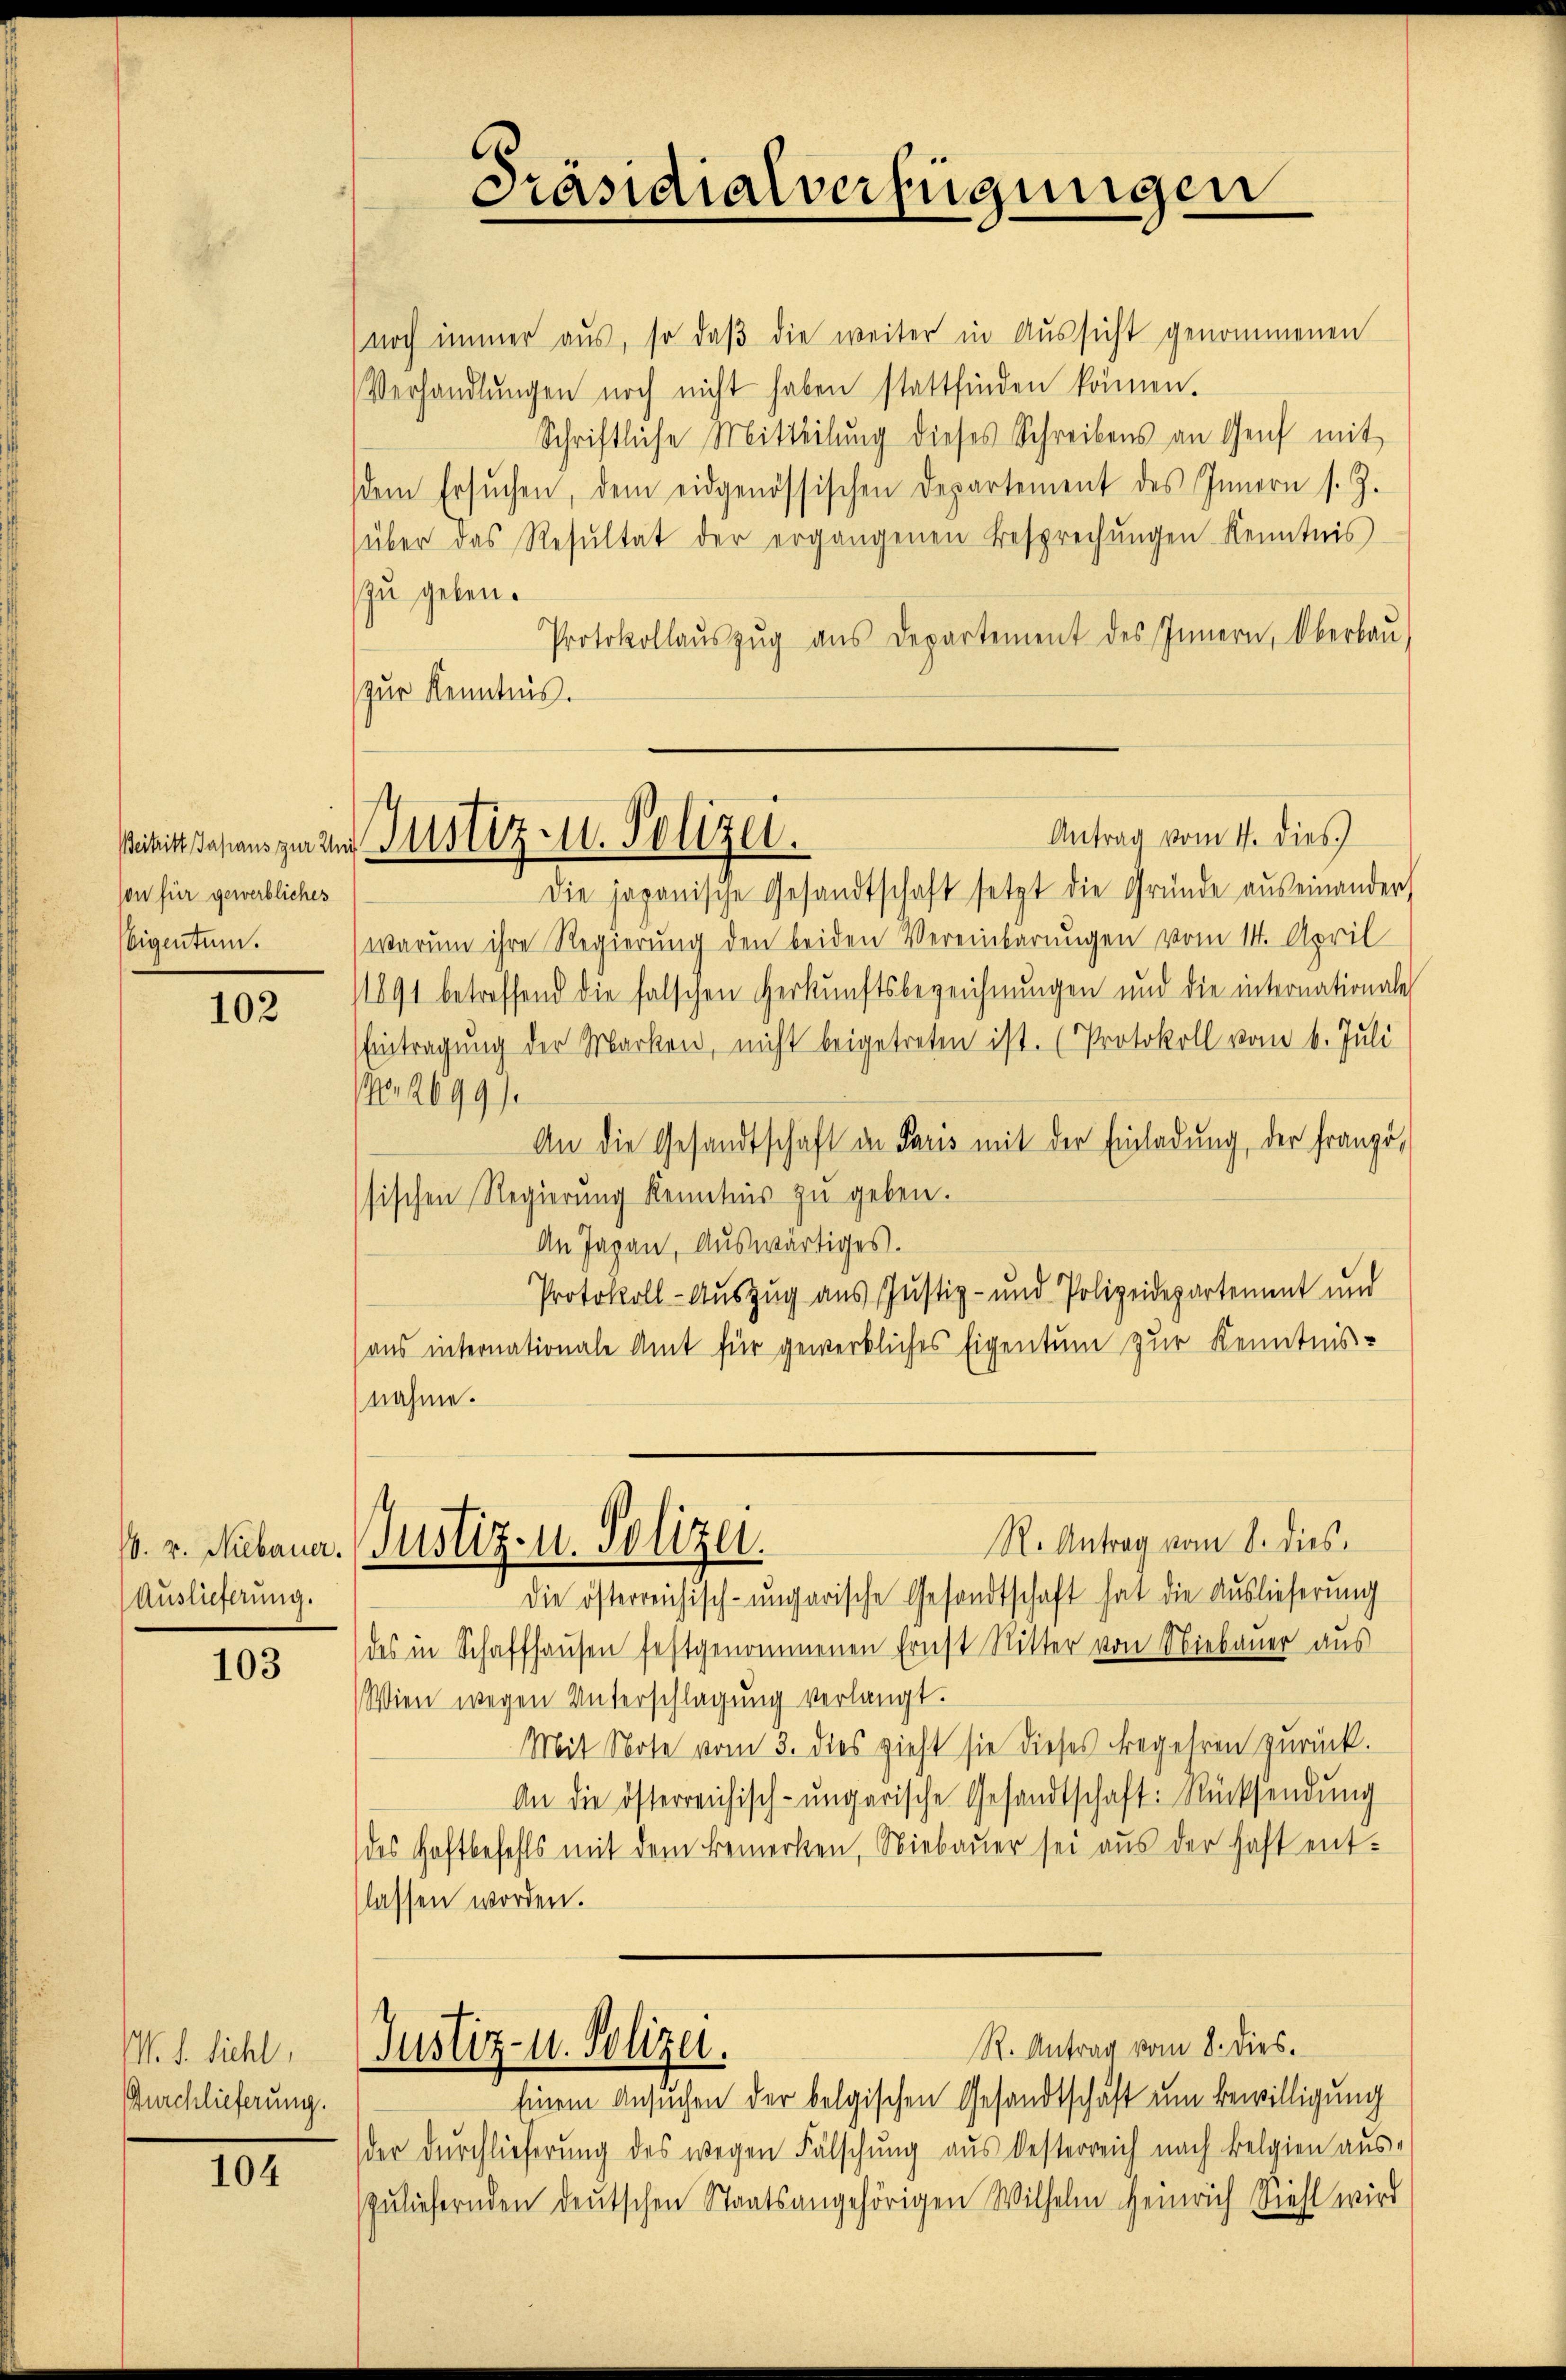
son für gewerbliches
Eigentum.

102

16. v. Niebauer.
Auslieferung.

103

M. L. Fichl,
Durchlieferung.

104

Präsidialverfügungen

noch immer aus, so daβ die weiter in Aussicht genommenen
Verhandlŭngen noch nicht haben stattfinden können.
Schriftliche Mitteilŭng dieses Schreibens an Genf mit
dem Ersŭchen, dem eidgenössischen Departement des Innern s. Z.
(über das Resŭltat der ergangenen Besprechŭngen Kenntnis
zu geben.
Protokollaŭszŭg ans Departement des Innern, Oberbaŭ
zur Kenntnis.

ibist dasans zu und Justiz u. Polizei.

R. Antrag vom 8. dies
Justiz- u. Polizei.

Die japanische Gesandtschaft setzt die Gründe auseinandert
warum ihre Regierung den beiden Vereinbarungen vom 14. April
/1891 betreffend die falschen Herkunftsbezeichnungen und die internationale
Eintragung der Marken, nicht beigetreten ist. (Protokoll vom 6. Juli
Nr. 2699/
An die Gesandtschaft in Paris mit der Einladung, der franzö-
sischen Regierung Kenntnis zu geben.
An Japan, Auswärtiges.
Protokoll- Auszug aus Justiz- und Polizeidepartement und
aus internationale Amt für gewerbliches Eigentum zur Kenntnis-
nahme.
die österreichisch-ungarische Gesandtschaft hat die Auslieferung
des in Schaffhausen festgenommenen Ernst Ritter von Niebauer aus
Wien wegen Unterschlagung verlangt.
Mit Note vom 3. dies zieht sie dieses Begehren zurück.
An die österreichisch-ungarische Gesandtschaft: Rücksendŭng
des Haftbefehls mit dem Bemerken, Niebauer sei aus der haft entflassen worden.
R. Antrag vom 8. dies.
Justiz- u. Polizei.
Einem Ansuchen der belgischen Gesandtschaft um Bewilligung
der Durchlieferung des wegen Fälschung aus besterreich nach Belgien aus-
zuliefernden deutschen Staatsangehörigen Wilhelm Heinrich Siehl wird

Antrag vom 4. dies.)